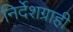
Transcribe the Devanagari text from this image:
निर्देशग्राही